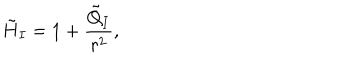
LaTeX: \tilde { H } _ { I } = 1 + \frac { \tilde { Q } _ { I } } { r ^ { 2 } } ,